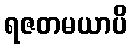
ရဇတမယာပိ